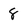
Character: 8